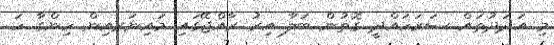
މި އަދަދުތައް ސަރަހައްދީ ގޮތުން ބަލާ އިރު ރާއްޖޭގައި މައިނަރއިން ހިންގާ ހަ